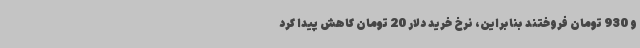
و 930 تومان فروختند بنابراین، نرخ خرید دلار 20 تومان کاهش پیدا کرد